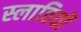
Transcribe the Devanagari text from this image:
स्लावियों